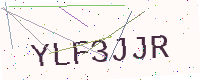
Text: YLF3JJR